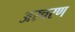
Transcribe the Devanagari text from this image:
अरचरण